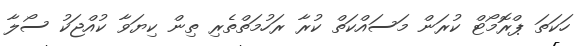
ހަކަތަ ޕްރޮމޯޓް ކުރަން މަސައްކަތް ކުރާ ރަހުމަތްތެރި ތިން ކިޔަވާ ކުއްޖަކު ސޯލާ